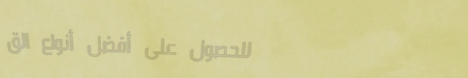
للحصول على أفضل أنواع الق